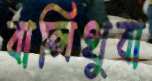
বালিথুবা